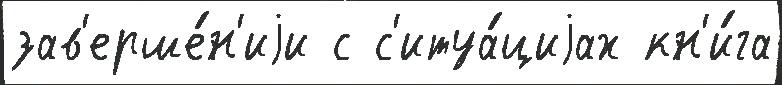
зав'ерше́н'иjи с с'итуа́циjах кн'и́га